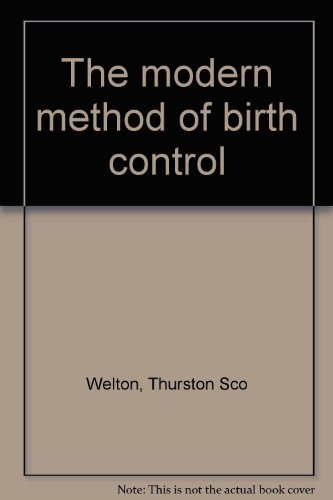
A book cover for The modern method of birth control; Thurston Scott Welton; Health, Fitness & Dieting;